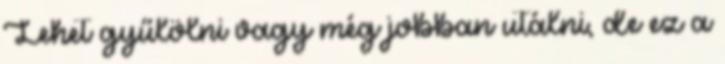
Lehet gyűlölni vagy még jobban utálni, de ez a